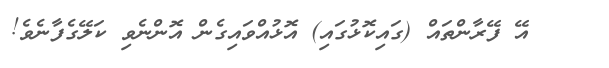
١    އޭ ފޭރާންތައް (ގައިކޮޅުގައި) އޮޅުއްވައިގެން އޮންނެވި ކަލޭގެފާނެވެ!